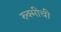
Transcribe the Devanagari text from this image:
रुक्मीची